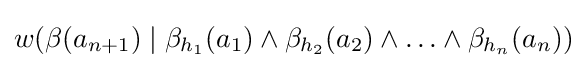
w(\beta (a_{n+1})\mid \beta _{h_{1}}(a_{1})\wedge \beta _{h_{2}}(a_{2})\wedge \ldots \wedge \beta _{h_{n}}(a_{n}))